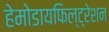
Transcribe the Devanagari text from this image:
हेमोडायफिल्ट्रेशन